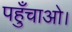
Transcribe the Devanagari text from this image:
पहुँचाओ।